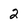
Character: 2